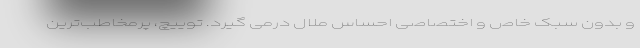
و بدون سبک خاص و اختصاصی احساس ملال درمی گیرد. توییچ، پرمخاطب‌ترین